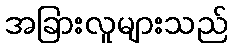
အခြားလူများသည်